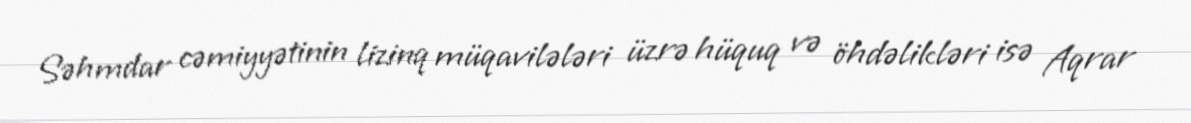
Səhmdar cəmiyyətinin lizinq müqavilələri üzrə hüquq və öhdəlikləri isə Aqrar